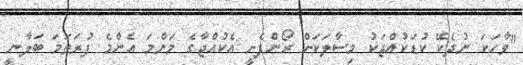
"ވާހަކަ ނުދެކޭ ކުޑަކުއްޖަކު މިސާލަކަށް ރޯންފެށީ އެކުއްޖާގެ މަންމަ އެންމެ ފުރަތަމަ ބަލާނީ